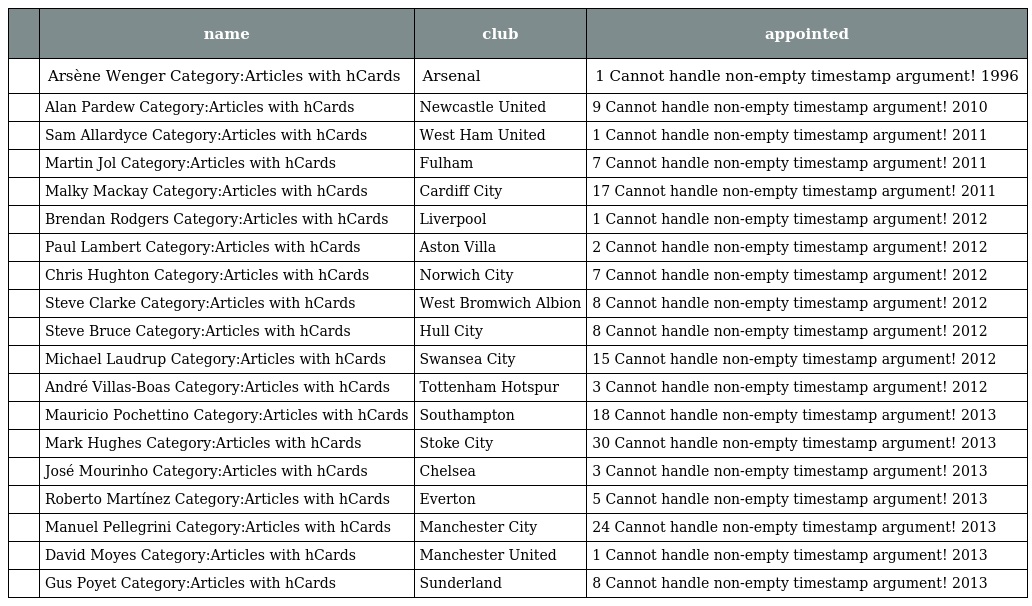
|  | name | club | appointed |
 | --- | --- | --- | --- |
 |  | Arsène Wenger Category:Articles with hCards | Arsenal | 1 Cannot handle non-empty timestamp argument! 1996 |
 |  | Alan Pardew Category:Articles with hCards | Newcastle United | 9 Cannot handle non-empty timestamp argument! 2010 |
 |  | Sam Allardyce Category:Articles with hCards | West Ham United | 1 Cannot handle non-empty timestamp argument! 2011 |
 |  | Martin Jol Category:Articles with hCards | Fulham | 7 Cannot handle non-empty timestamp argument! 2011 |
 |  | Malky Mackay Category:Articles with hCards | Cardiff City | 17 Cannot handle non-empty timestamp argument! 2011 |
 |  | Brendan Rodgers Category:Articles with hCards | Liverpool | 1 Cannot handle non-empty timestamp argument! 2012 |
 |  | Paul Lambert Category:Articles with hCards | Aston Villa | 2 Cannot handle non-empty timestamp argument! 2012 |
 |  | Chris Hughton Category:Articles with hCards | Norwich City | 7 Cannot handle non-empty timestamp argument! 2012 |
 |  | Steve Clarke Category:Articles with hCards | West Bromwich Albion | 8 Cannot handle non-empty timestamp argument! 2012 |
 |  | Steve Bruce Category:Articles with hCards | Hull City | 8 Cannot handle non-empty timestamp argument! 2012 |
 |  | Michael Laudrup Category:Articles with hCards | Swansea City | 15 Cannot handle non-empty timestamp argument! 2012 |
 |  | André Villas-Boas Category:Articles with hCards | Tottenham Hotspur | 3 Cannot handle non-empty timestamp argument! 2012 |
 |  | Mauricio Pochettino Category:Articles with hCards | Southampton | 18 Cannot handle non-empty timestamp argument! 2013 |
 |  | Mark Hughes Category:Articles with hCards | Stoke City | 30 Cannot handle non-empty timestamp argument! 2013 |
 |  | José Mourinho Category:Articles with hCards | Chelsea | 3 Cannot handle non-empty timestamp argument! 2013 |
 |  | Roberto Martínez Category:Articles with hCards | Everton | 5 Cannot handle non-empty timestamp argument! 2013 |
 |  | Manuel Pellegrini Category:Articles with hCards | Manchester City | 24 Cannot handle non-empty timestamp argument! 2013 |
 |  | David Moyes Category:Articles with hCards | Manchester United | 1 Cannot handle non-empty timestamp argument! 2013 |
 |  | Gus Poyet Category:Articles with hCards | Sunderland | 8 Cannot handle non-empty timestamp argument! 2013 |